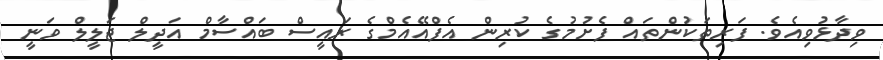
ވިދާޅުވިއެވެ. ފަރިތަކުންތައް ފެށުމުގެ ކުރިން އެފްއޭއެމްގެ ރައީސް ބައްސާމް އަދީލް ޖަލީލް ވަނީ